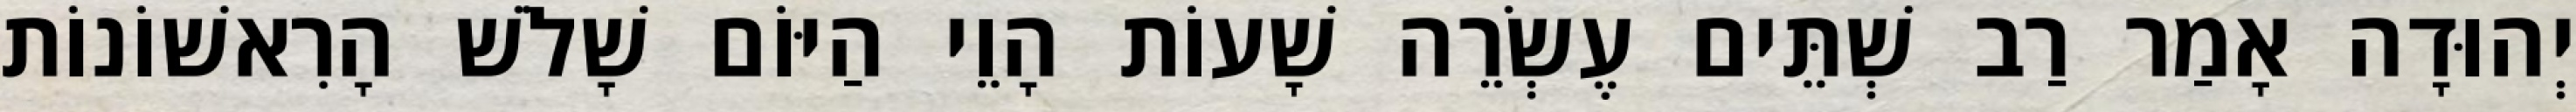
יְהוּדָה אָמַר רַב שְׁתֵּים עֶשְׂרֵה שָׁעוֹת הָוֵי הַיּוֹם שָׁלֹשׁ הָרִאשׁוֹנוֹת